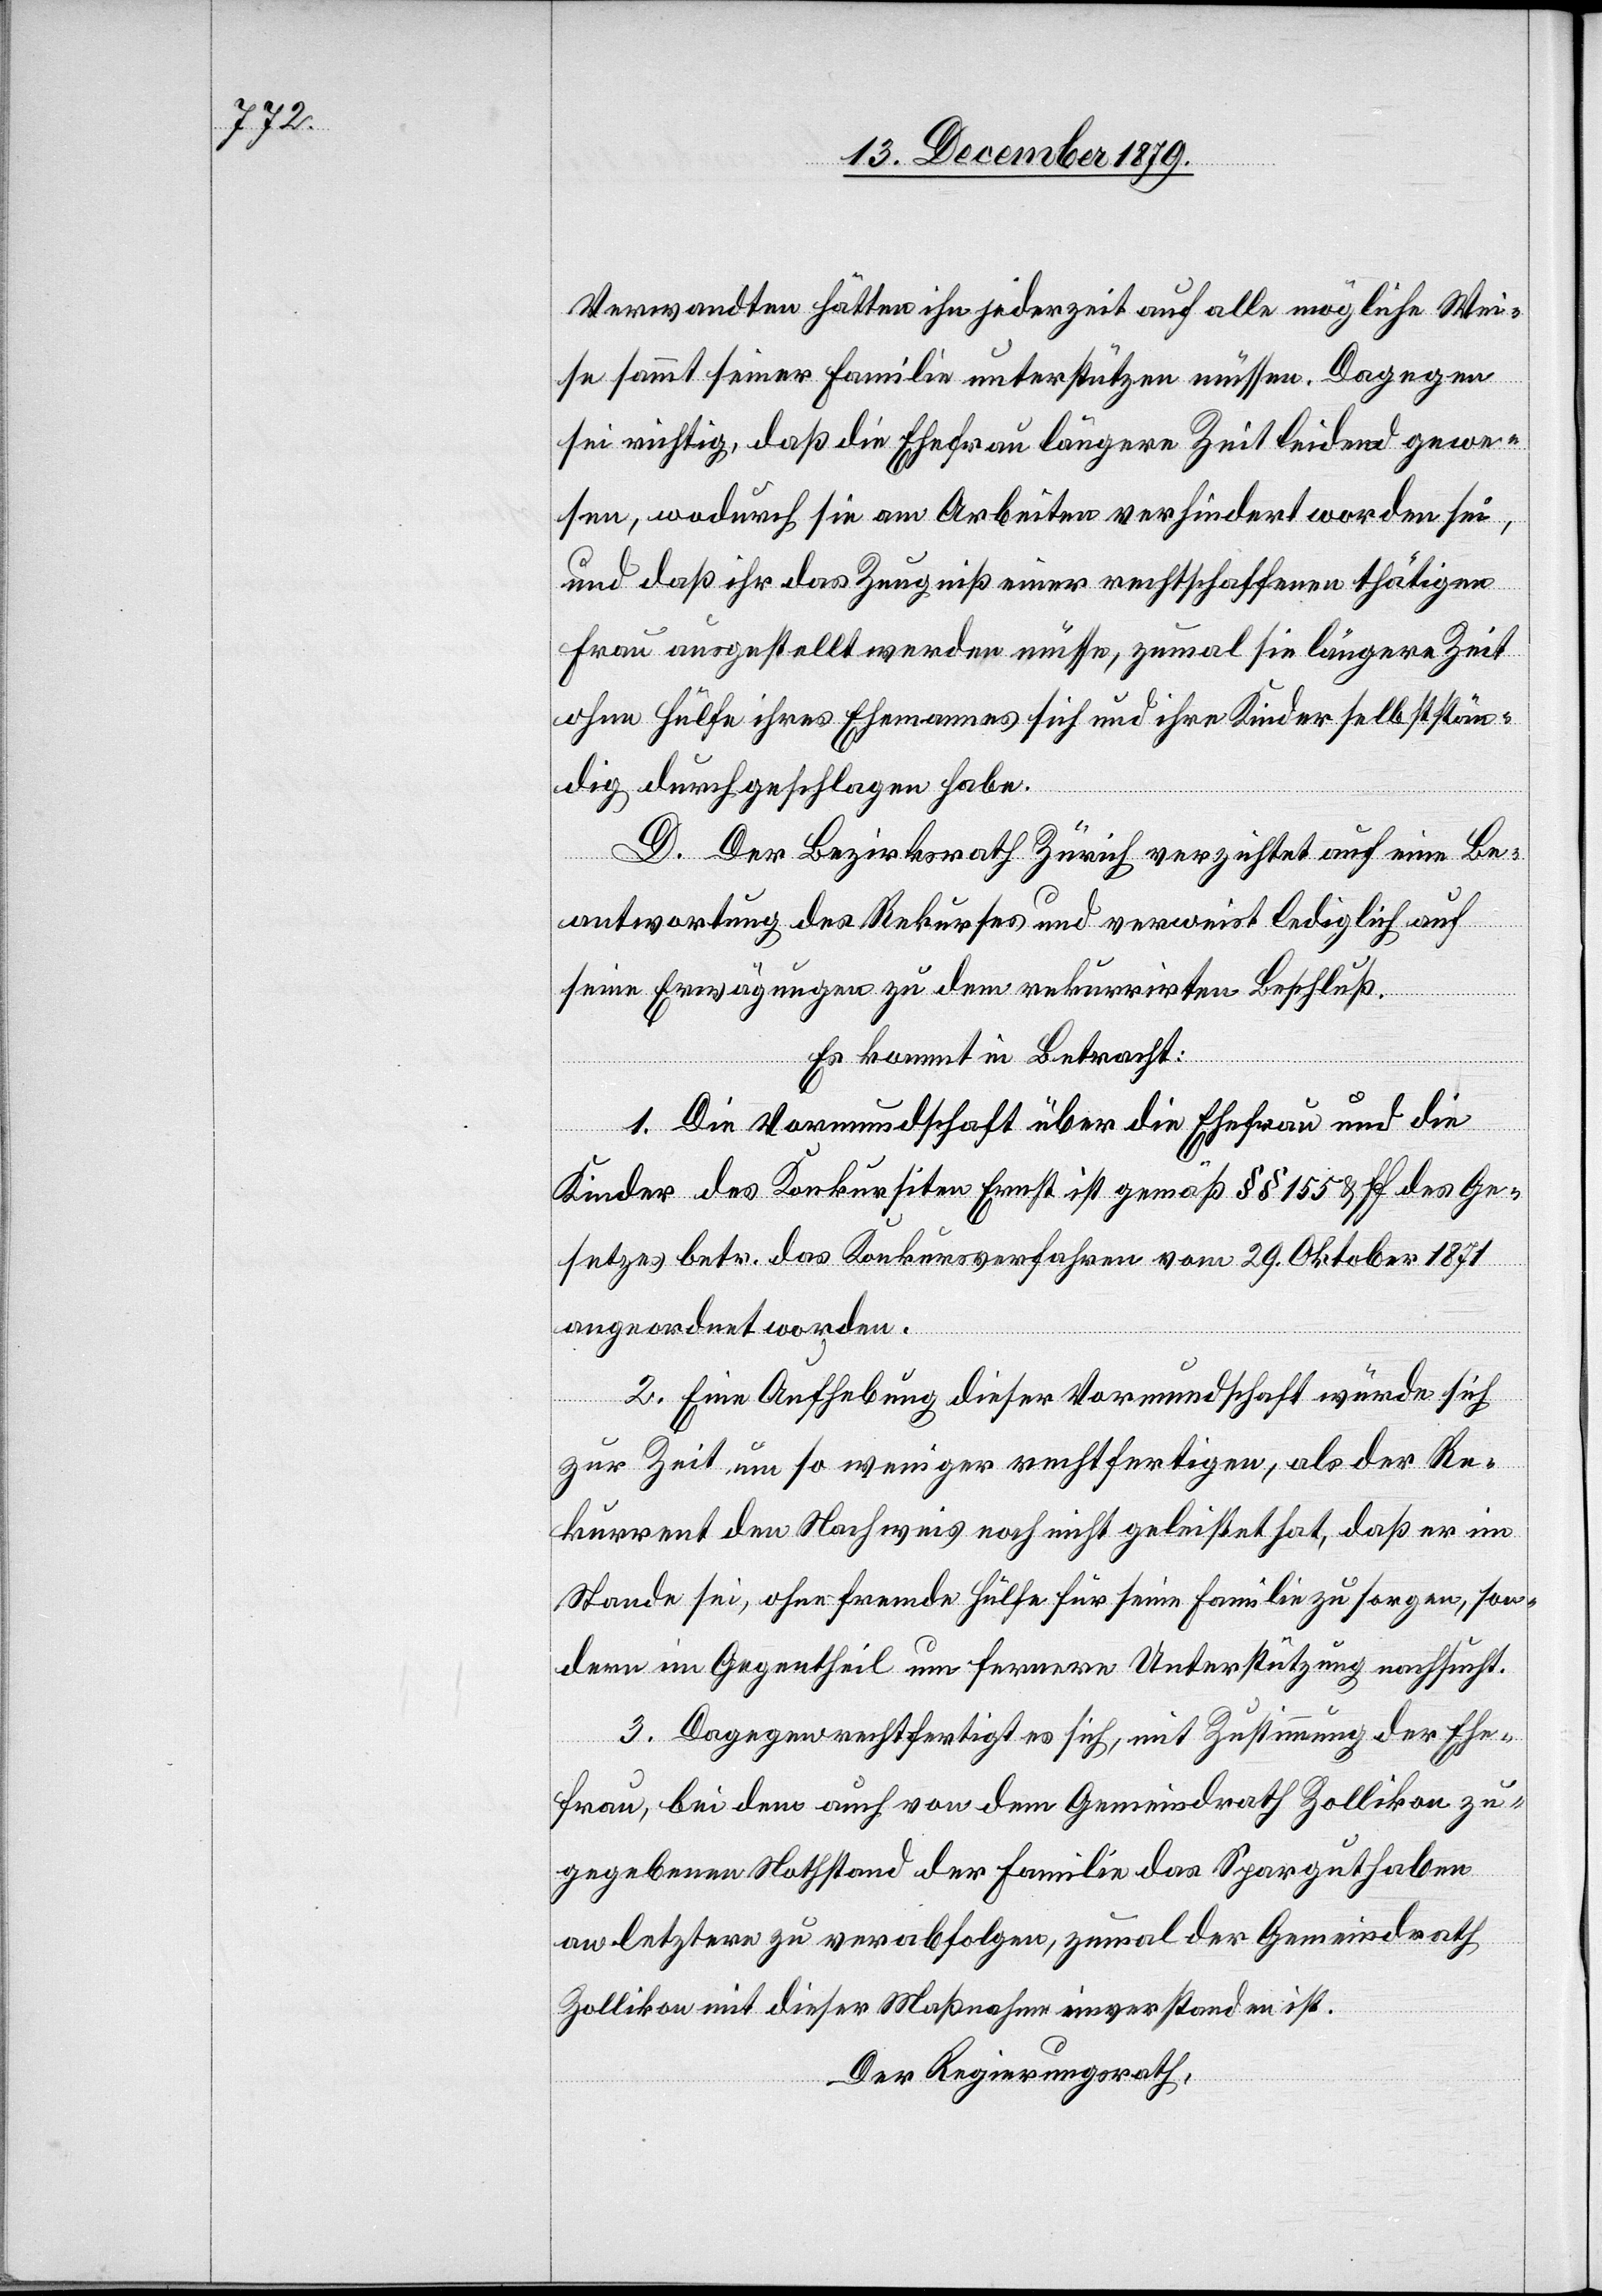
Verwandten hätten ihn jederzeit auf alle mögliche Wei¬
se sammt seiner Familie unterstützen müssen. Dagegen
sei richtig, daß die Ehefrau längere Zeit leidend gewe¬
sen, wodurch sie am Arbeiten verhindert worden sei,
und daß ihr das Zeugniß einer rechtschaffenen thätigen
Frau ausgestellt werden müsse, zumal sie längere Zeit
ohne Hülfe ihres Ehemannes sich und ihre Kinder selbststän¬
dig durchgeschlagen habe.
D. Der Bezirksrath Zürich verzichtet auf eine Be¬
antwortung des Rekurses und verweist lediglich auf
seine Erwägungen zu dem rekurrirten Beschluß.
Es kommt in Betracht:
1. Die Vormundschaft über die Ehefrau und die
Kinder des Konkursiten Ernst ist gemäß §§ 155 & ff des Ge¬
setzes betr. das Konkursverfahren vom 29. Oktober 1871
angeordnet worden.
2. Eine Aufhebung dieser Vormundschaft würde sich
zur Zeit um so weniger rechtfertigen, als der Re¬
kurrent den Nachweis noch nicht geleistet hat, daß er im
Stande sei, ohne fremde Hülfe für seine Familie zu sorgen, son¬
dern im Gegentheil um fernere Unterstützung nachsucht.
3. Dagegen rechtfertigt es sich, mit Zustimmung der Ehe¬
frau, bei dem auch von dem Gemeindrath Zollikon zu¬
gegebenen Nothstand der Familie das Sparguthaben
an letztere zu verabfolgen, zumal der Gemeindrath
Zollikon mit dieser Maßnahme einverstanden ist.
Der Regierungsrath,